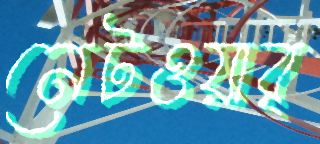
নেটওয়ার্